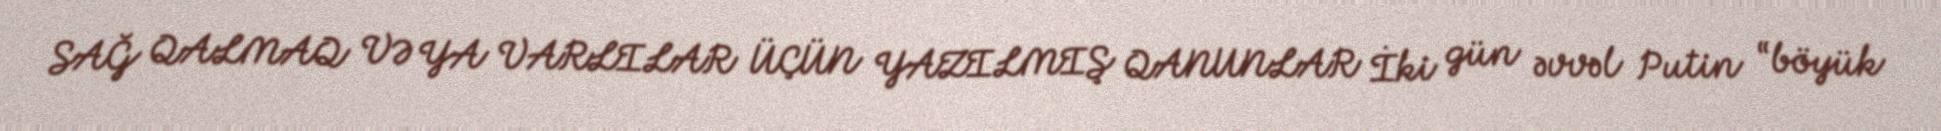
SAĞ QALMAQ VƏ YA VARLILAR ÜÇÜN YAZILMIŞ QANUNLAR İki gün əvvəl Putin “böyük